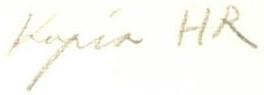
Kopia HR